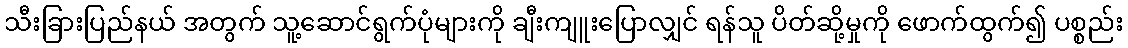
သီးခြားပြည်နယ် အတွက် သူ့ဆောင်ရွက်ပုံများကို ချီးကျူးပြောလျှင် ရန်သူ ပိတ်ဆို့မှုကို ဖောက်ထွက်၍ ပစ္စည်း